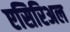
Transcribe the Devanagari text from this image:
एसिरिअल